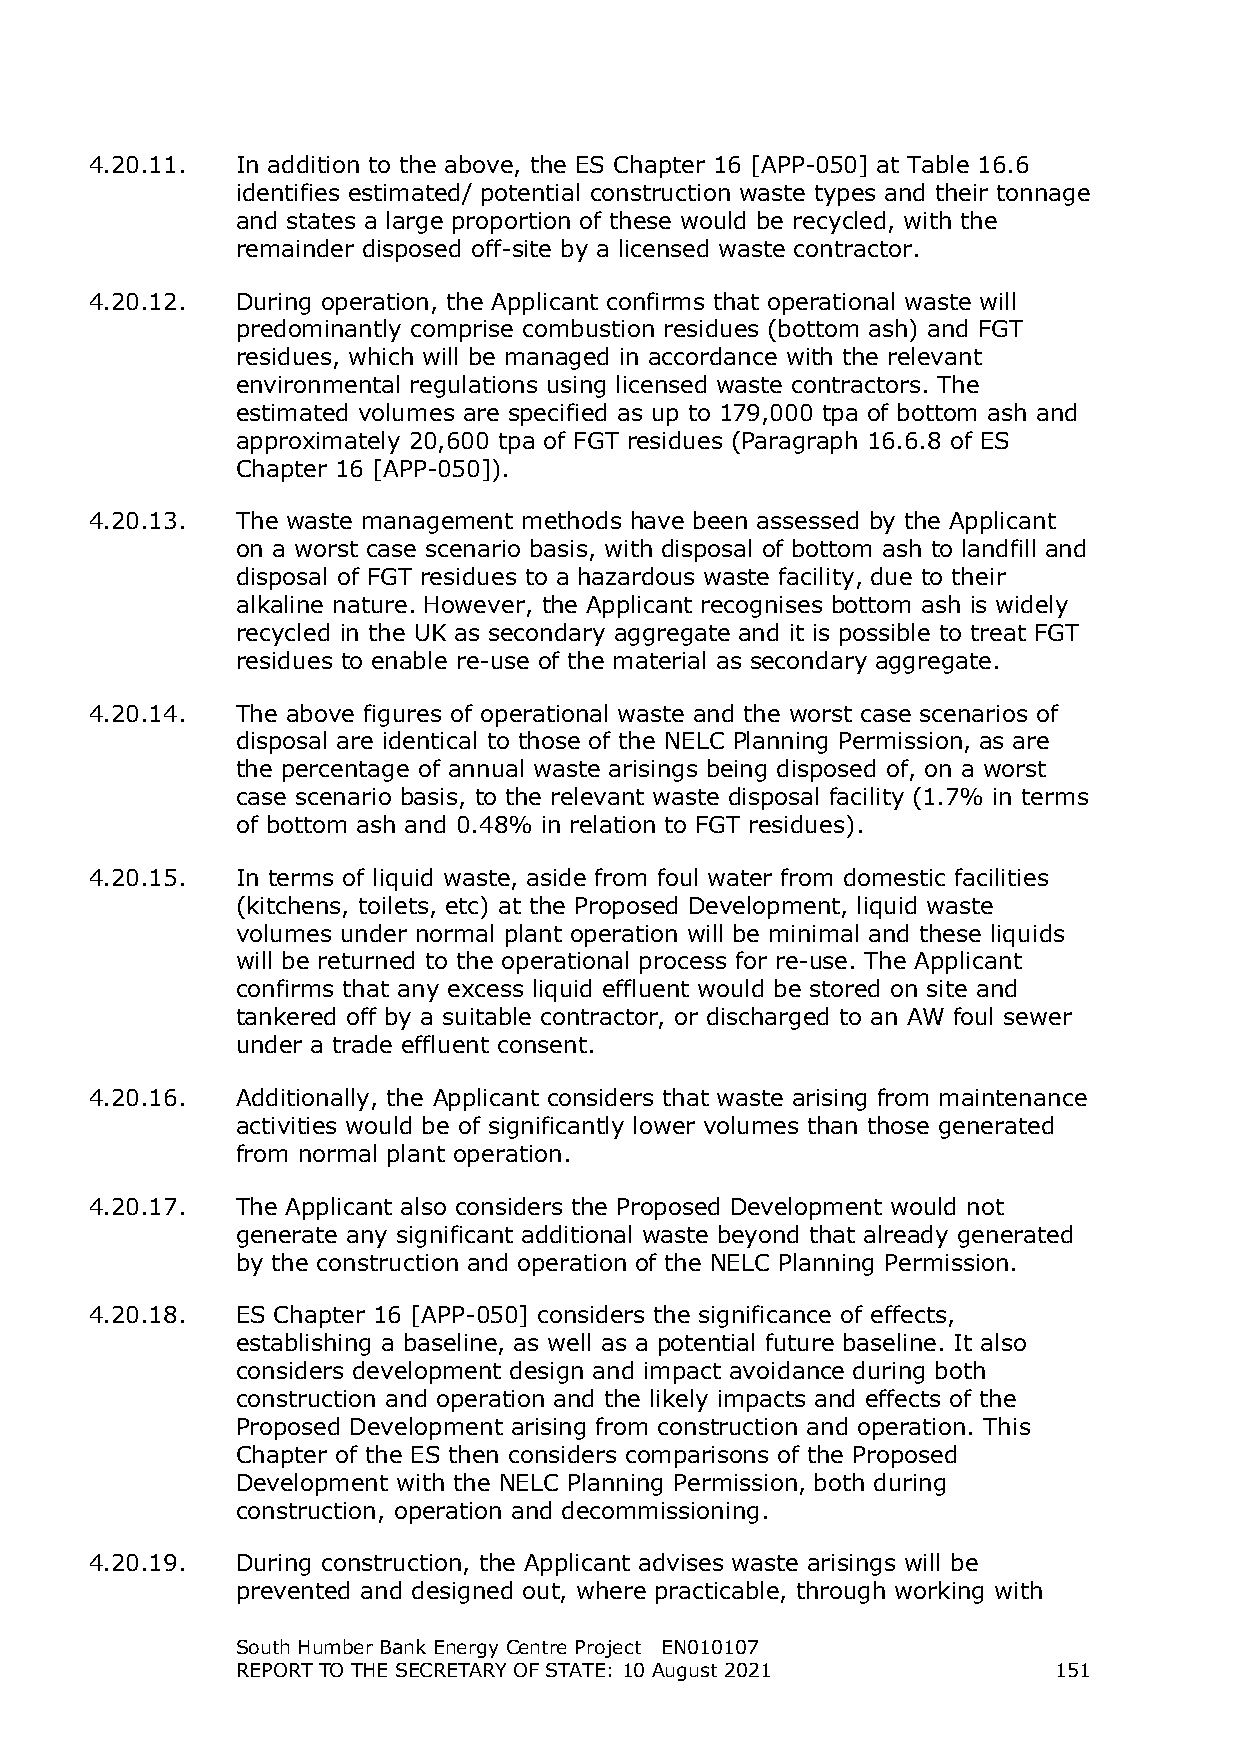
4.20.11.  In addition to the above, the ES Chapter 16 [APP-050] at Table 16.6
 identifies estimated/ potential construction waste types and their tonnage
 and states a large proportion of these would be recycled, with the
 remainder disposed off-site by a licensed waste contractor.
 4.20.12.  During operation, the Applicant confirms that operational waste will
 predominantly comprise combustion residues (bottom ash) and FGT
 residues, which will be managed in accordance with the relevant
 environmental regulations using licensed waste contractors. The
 estimated volumes are specified as up to 179,000 tpa of bottom ash and
 approximately 20,600 tpa of FGT residues (Paragraph 16.6.8 of ES
 Chapter 16 [APP-050]).
 4.20.13.  The waste management methods have been assessed by the Applicant
 on a worst case scenario basis, with disposal of bottom ash to landfill and
 disposal of FGT residues to a hazardous waste facility, due to their
 alkaline nature. However, the Applicant recognises bottom ash is widely
 recycled in the UK as secondary aggregate and it is possible to treat FGT
 residues to enable re-use of the material as secondary aggregate.
 4.20.14.  The above figures of operational waste and the worst case scenarios of
 disposal are identical to those of the NELC Planning Permission, as are
 the percentage of annual waste arisings being disposed of, on a worst
 case scenario basis, to the relevant waste disposal facility (1.7% in terms
 of bottom ash and 0.48% in relation to FGT residues).
 4.20.15.  In terms of liquid waste, aside from foul water from domestic facilities
 (kitchens, toilets, etc) at the Proposed Development, liquid waste
 volumes under normal plant operation will be minimal and these liquids
 will be returned to the operational process for re-use. The Applicant
 confirms that any excess liquid effluent would be stored on site and
 tankered off by a suitable contractor, or discharged to an AW foul sewer
 under a trade effluent consent.
 4.20.16.  Additionally, the Applicant considers that waste arising from maintenance
 activities would be of significantly lower volumes than those generated
 from normal plant operation.
 4.20.17.  The Applicant also considers the Proposed Development would not
 generate any significant additional waste beyond that already generated
 by the construction and operation of the NELC Planning Permission.
 4.20.18.  ES Chapter 16 [APP-050] considers the significance of effects,
 establishing a baseline, as well as a potential future baseline. It also
 considers development design and impact avoidance during both
 construction and operation and the likely impacts and effects of the
 Proposed Development arising from construction and operation. This
 Chapter of the ES then considers comparisons of the Proposed
 Development with the NELC Planning Permission, both during
 construction, operation and decommissioning.
 4.20.19.  During construction, the Applicant advises waste arisings will be
 prevented and designed out, where practicable, through working with
 South Humber Bank Energy Centre Project EN010107
 REPORT TO THE SECRETARY OF STATE: 10 August 2021      151